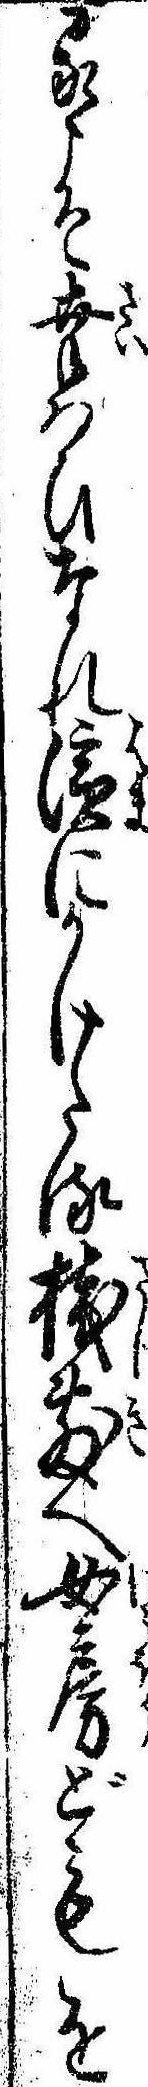
るこそ幸はひなれ浜にかけたる桟敷へ女房どもを